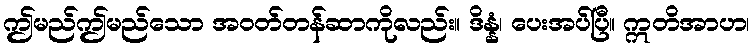
ဤမည်ဤမည်သော အဝတ်တန်ဆာကိုလည်း။ ဒိန္နံ၊ ပေးအပ်ပြီ။ ဣတိအာဟ၊